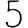
Digit: 5